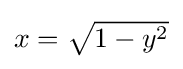
{\textstyle x={\sqrt {1-y^{2}}}}